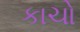
કાચો